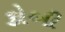
કોબી